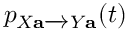
p _ { X \mathbf { a } \xrightarrow { } Y \mathbf { a } } ( t )